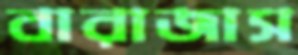
বারাজাস